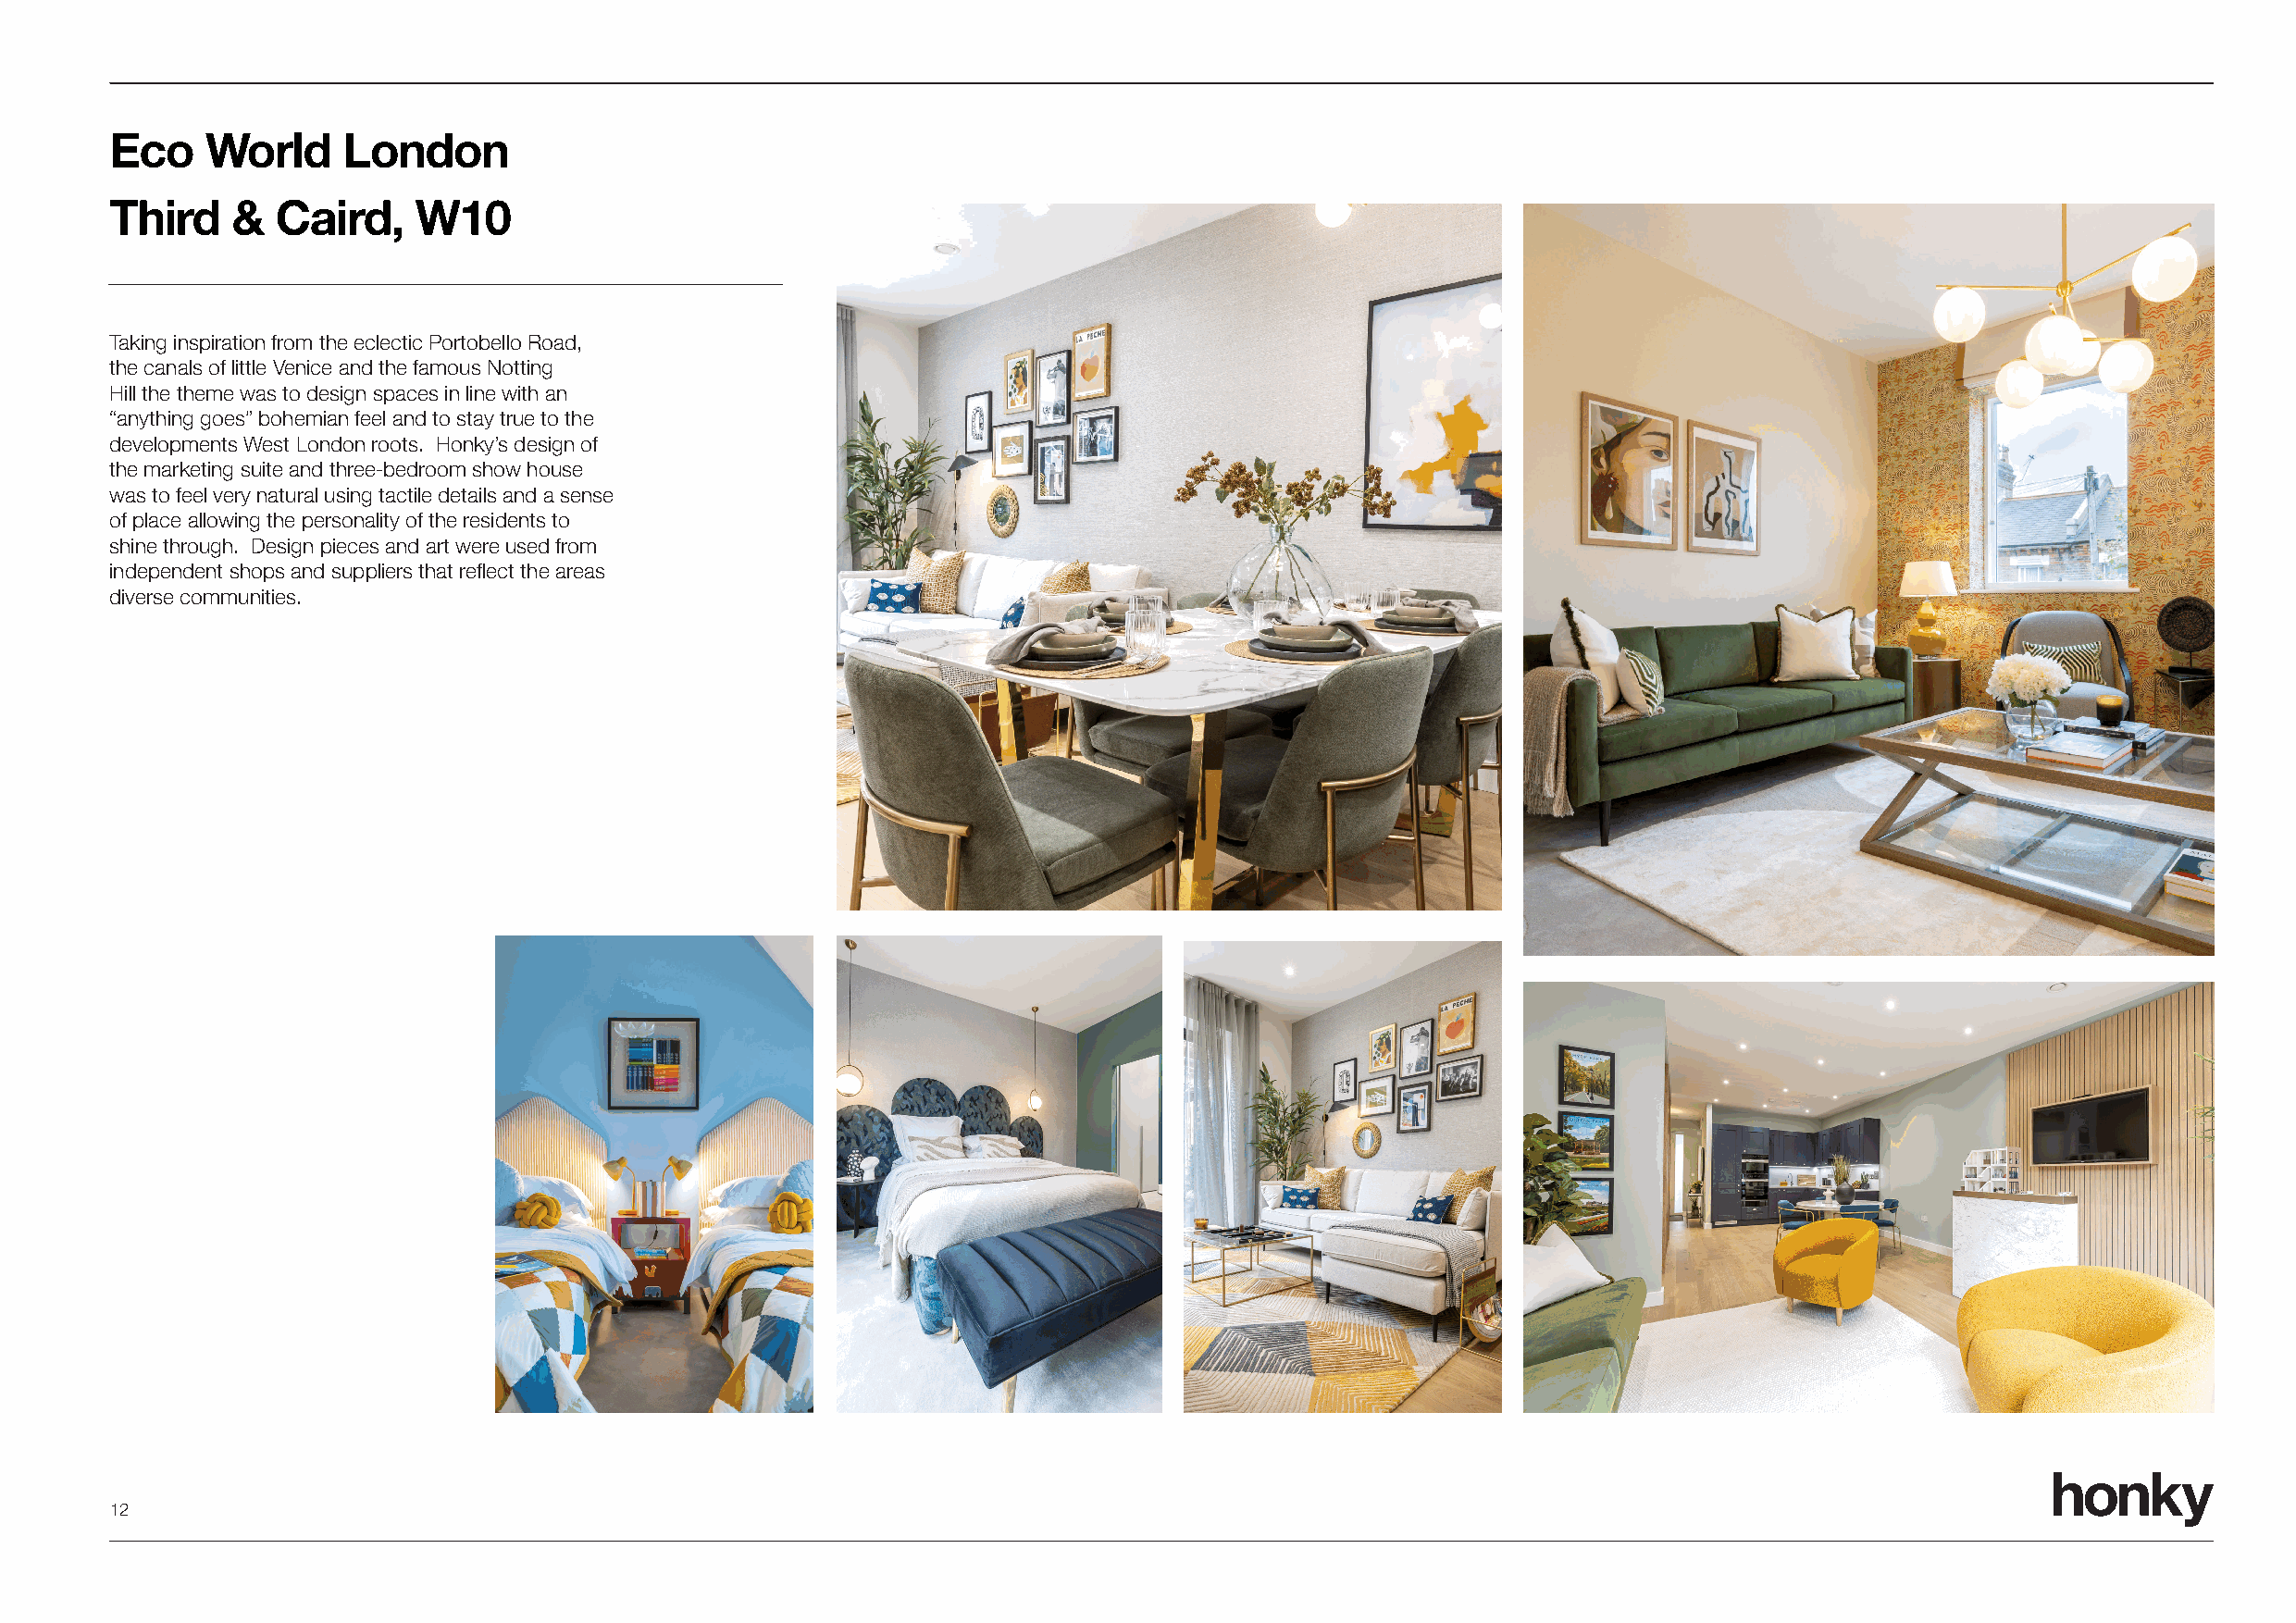
Eco    World     London
 Third    &  Caird,    W10
 Taking inspiration from the eclectic Portobello Road,
 the canals of little Venice and the famous Notting
 Hill the theme was to design spaces in line with an
 “anything goes” bohemian feel and to stay true to the
 developments West London roots. Honky’s design of
 the marketing suite and three-bedroom show house
 was to feel very natural using tactile details and a sense
 of place allowing the personality of the residents to
 shine through. Design pieces and art were used from
 independent shops and suppliers that reflect the areas
 diverse communities.
 honky
 12